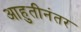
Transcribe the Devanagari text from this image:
आहुतीनंतर